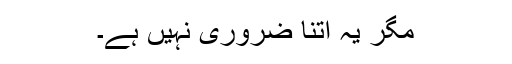
مگر یہ اتنا ضروری نہیں ہے۔